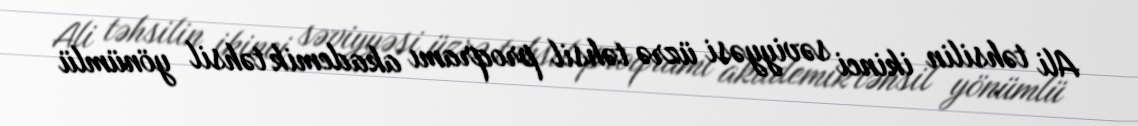
Ali təhsilin ikinci səviyyəsi üzrə təhsil proqramı akademik təhsil yönümlü